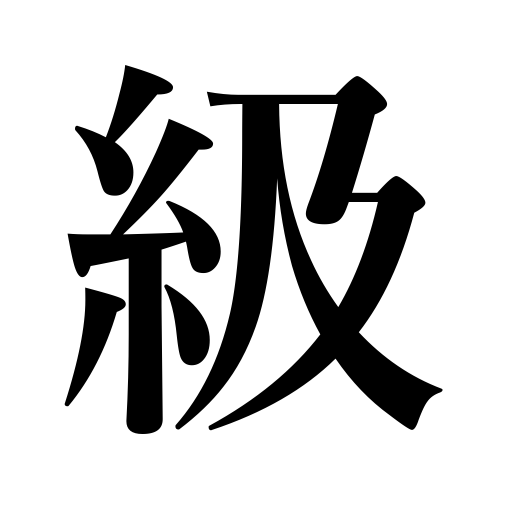
Meanings: decapitated head,class,grade,steps,rank